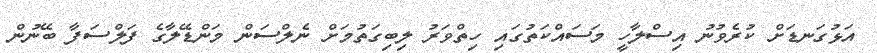
އަޅުގަނޑަށް ކުރެވުނު އިސްލާހީ މަސައްކަތުގައި ހިތްވަރު ލިބިގަތުމަށް ނެލްސަން މަންޑޭލާގެ ފަލްސަފާ ބޭނުން